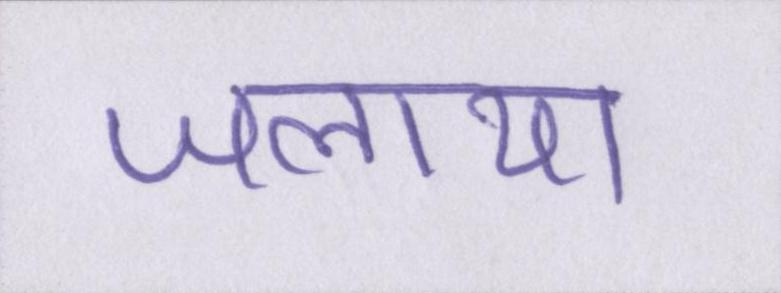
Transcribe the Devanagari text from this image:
जलाया